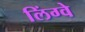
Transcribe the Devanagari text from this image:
लिंग्वे